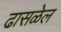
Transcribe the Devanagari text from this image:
ढासळेल